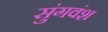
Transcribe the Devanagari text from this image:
सुंगवंश